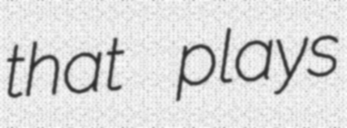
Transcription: that plays